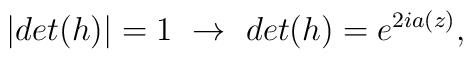
| det(h)| = 1 ~\rightarrow ~det(h) = e^{2 i a(z) },